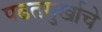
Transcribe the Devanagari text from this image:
पढतमुर्खाचे